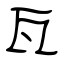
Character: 瓦